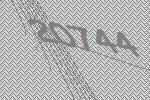
20744